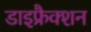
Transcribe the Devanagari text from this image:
डाइफ्रैक्शन